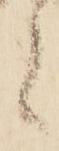
候